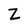
Character: Z